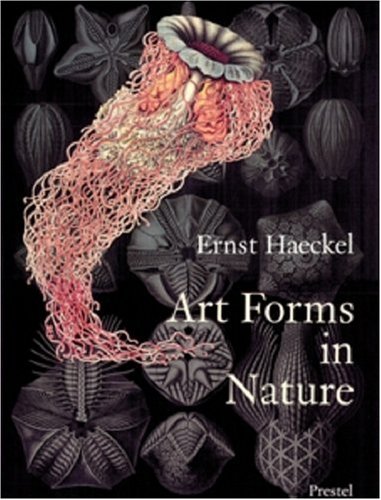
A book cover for Art Forms in Nature: The Prints of Ernst Haeckel; Ernst Haeckel; Arts & Photography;